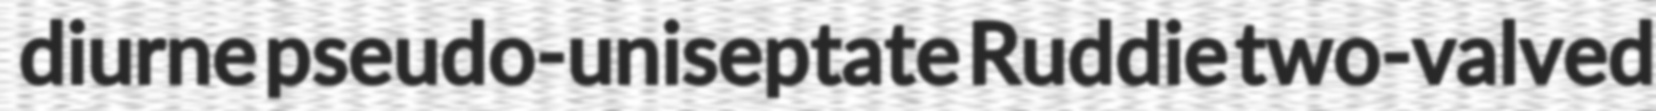
diurne pseudo-uniseptate Ruddie two-valved